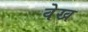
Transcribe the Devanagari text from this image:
वेख